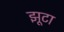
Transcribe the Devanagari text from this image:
झूटा